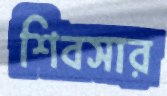
শিবসার